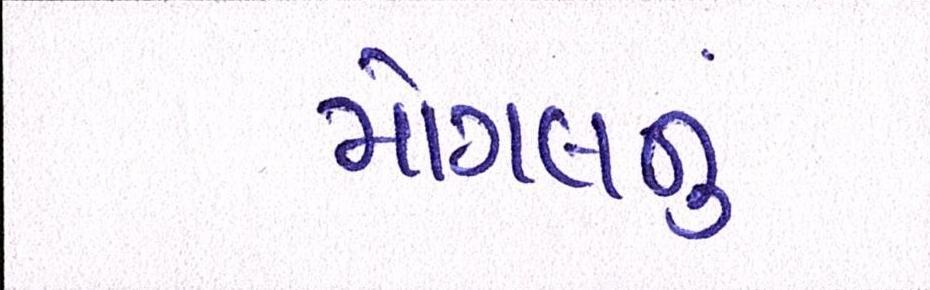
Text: મોગલનું